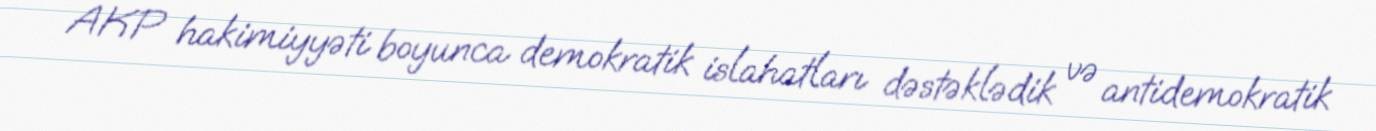
AKP hakimiyyəti boyunca demokratik islahatları dəstəklədik və antidemokratik